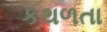
કથળતા